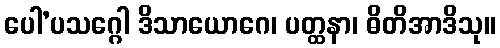
ပေါ’ပသဂ္ဂေါ ဒိသာယောဂေ၊ ပတ္ထနာ၊ ဓိတိအာဒိသု။